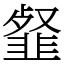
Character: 韰